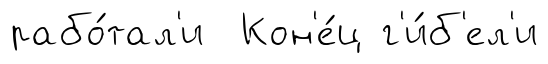
рабо́тал'и Кон'е́ц г'и́б'ел'и